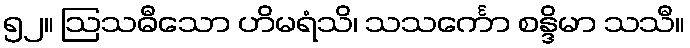
၅၂။ ဩသဓီသော ဟိမရံသိ၊ သသင်္ကော စန္ဒိမာ သသီ။